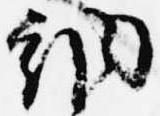
納